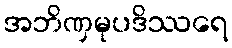
အဘိဏှမုပဒိဿရေ